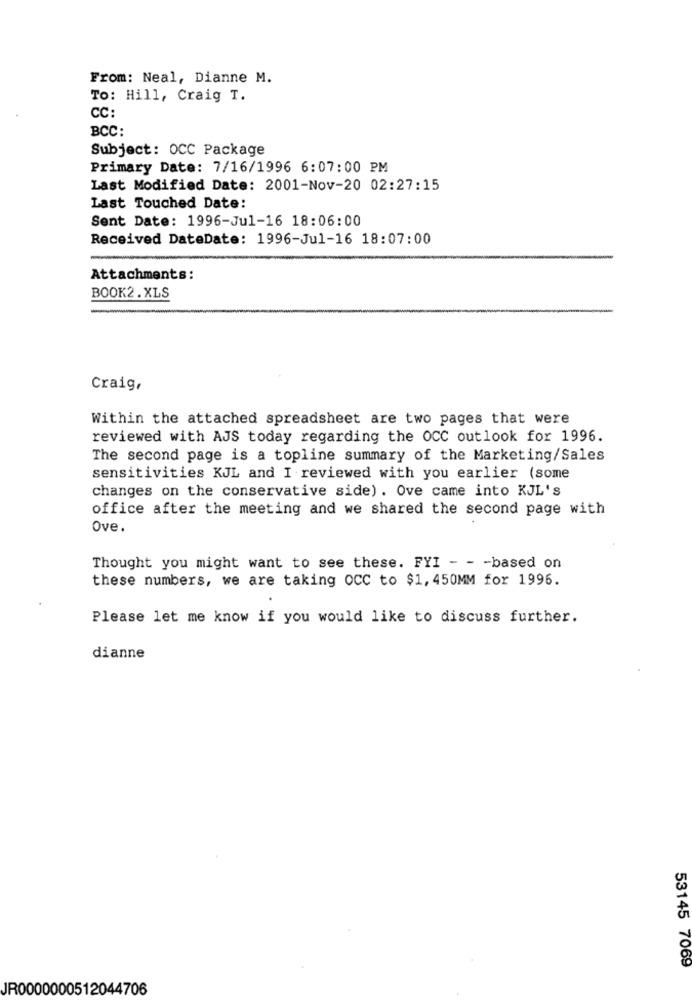
From: Neal, Dianne M.
To: Hill, Craig T.
CC:
BCC:
Subject: OCC Package
Primary Date: 7/16/1996 6:07:00 PM
Last Modified Date: 2001-Nov-20 02:27:15
Last Touched Date:
Sent Date: 1996-Jul-16 18:06:00
Received DateDate: 1996-Jul-16 18:07:00
Attachments:
BOOK2.XLS
Craig,
Within the attached spreadsheet are two pages that were
reviewed with AJS today regarding the OCC outlook for 1996.
The second page is a topline summary of the Marketing/Sales
sensitivities KJL and I reviewed with you earlier (some
changes on the conservative side). Ove came into KJL's
office after the meeting and we shared the second page with
Ove.
Thought you might want to see these. FYI - - - based on
these numbers, we are taking OCC to $1, 450MM for 1996.
Please let me know if you would like to discuss further.
dianne
53145 7069
JR0000000512044706